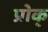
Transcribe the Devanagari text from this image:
प्रोक्